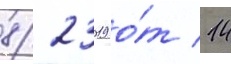
8/ 23019 о́т 14